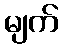
မျက်